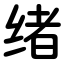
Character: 绪